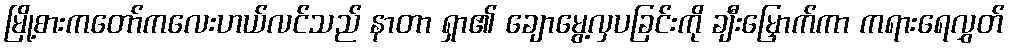
မြို့စားကတော်ကလေးဟယ်လင်သည် နာတာ ရှာ၏ ချောမွေ့လှပခြင်းကို ချီးမြှောက်ကာ ကရားရေလွှတ်